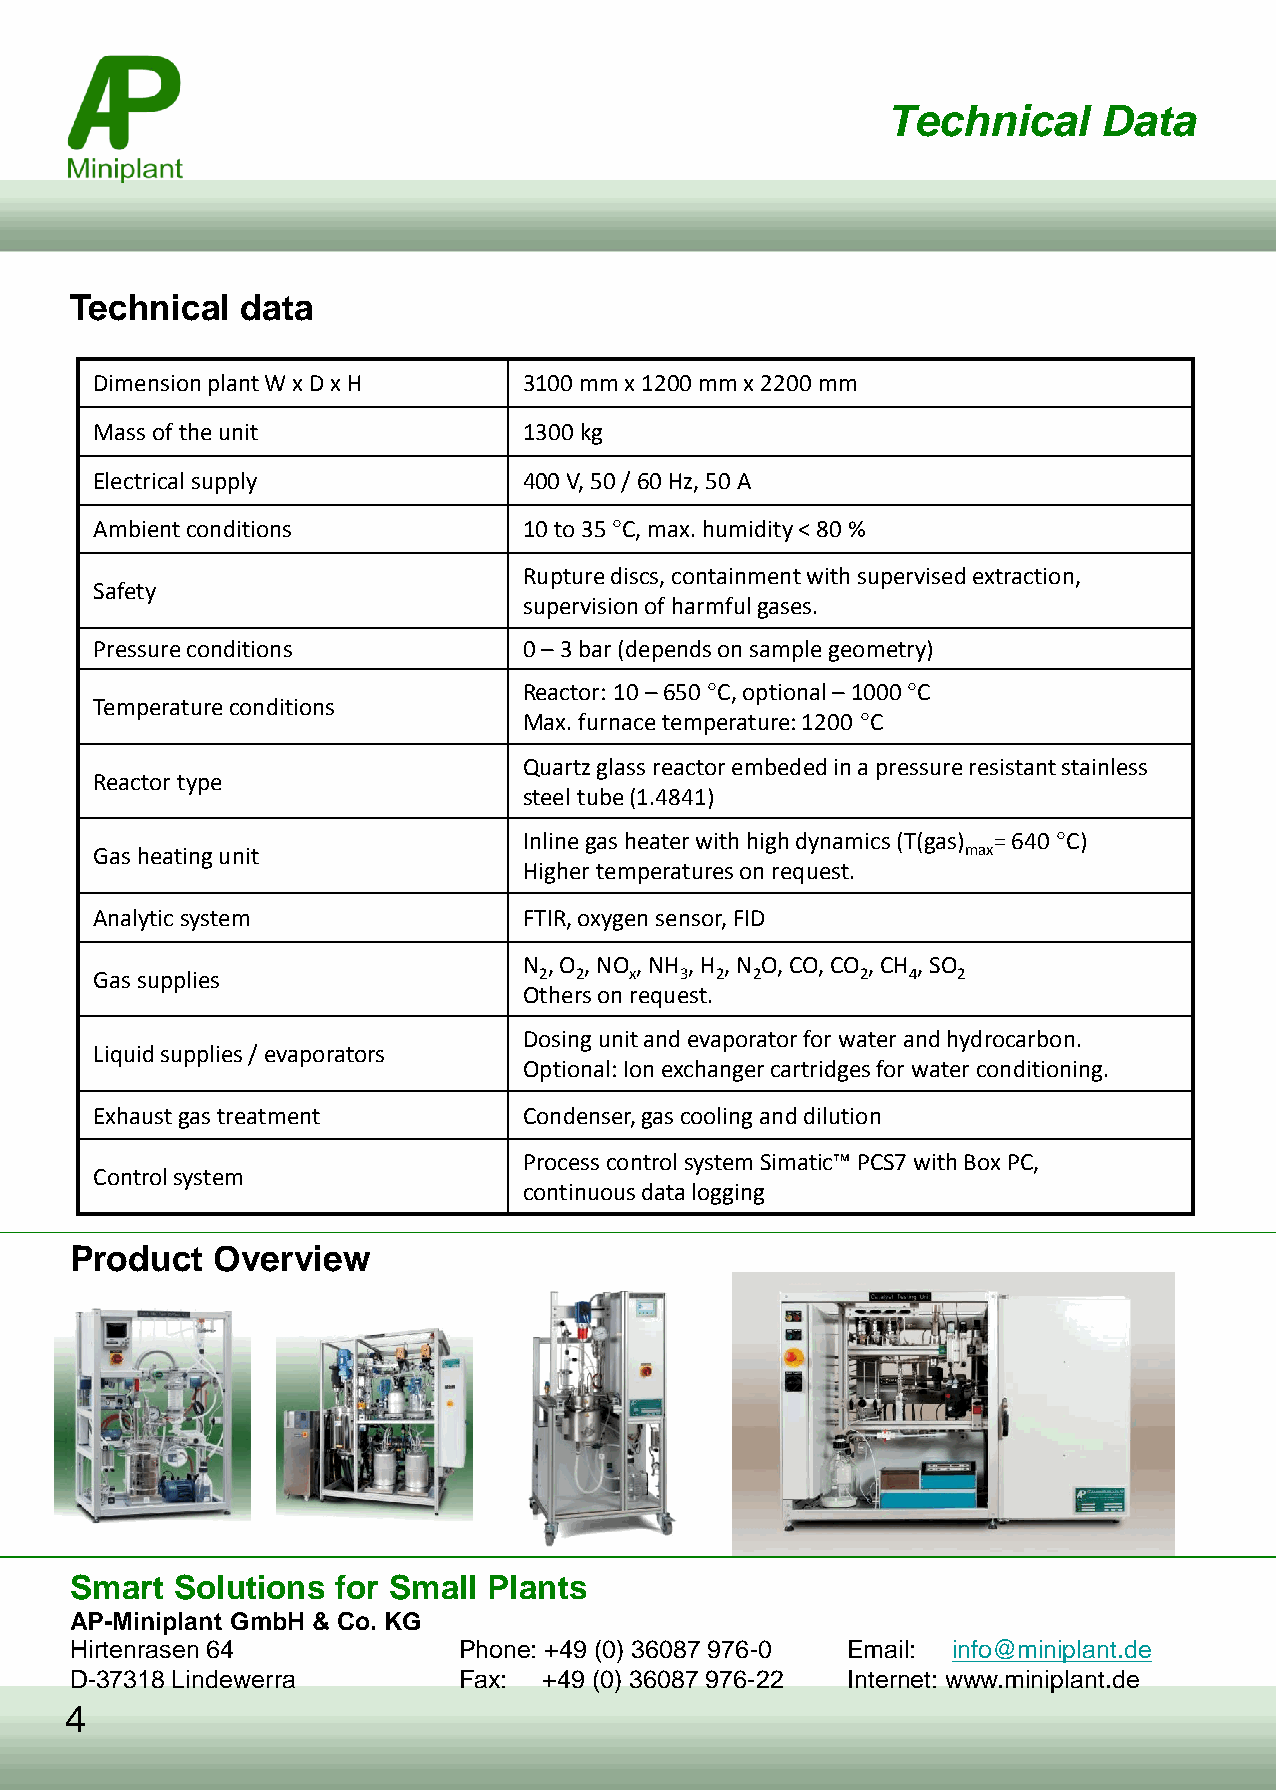
Technical     Data
 Technical  data
 Dimension plant W x D x H    3100 mm x 1200 mm x 2200 mm
 Mass of the unit             1300 kg
 Electrical supply            400 V, 50 / 60 Hz, 50 A
 Ambient conditions           10 to 35 °C, max. humidity < 80 %
 Rupture discs, containment with supervised extraction,
 Safety
 supervision of harmful gases.
 Pressure conditions          0 – 3 bar (depends on sample geometry)
 Reactor: 10 – 650 °C, optional – 1000 °C
 Temperature conditions
 Max. furnace temperature: 1200 °C
 Quartz glass reactor embeded in a pressure resistant stainless
 Reactor type
 steel tube (1.4841)
 Inline gas heater with high dynamics (T(gas) = 640 °C)
 Gas heating unit                                          max
 Higher temperatures on request.
 Analytic system              FTIR, oxygen sensor, FID
 N , O , NO , NH , H , N O, CO, CO , CH , SO
 Gas supplies                  2 2   x  3 2  2      2  4  2
 Others on request.
 Dosing unit and evaporator for water and hydrocarbon.
 Liquid supplies / evaporators
 Optional: Ion exchanger cartridges for water conditioning.
 Exhaust gas treatment        Condenser, gas cooling and dilution
 Process control system Simatic™ PCS7 with Box PC,
 Control system
 continuous data logging
 Product  Overview
 Smart  Solutions for Small Plants
 AP-Miniplant GmbH & Co. KG
 Hirtenrasen 64           Phone: +49 (0) 36087 976-0 Email: info@miniplant.de
 D-37318 Lindewerra       Fax:  +49 (0) 36087 976-22 Internet: www.miniplant.de
 4